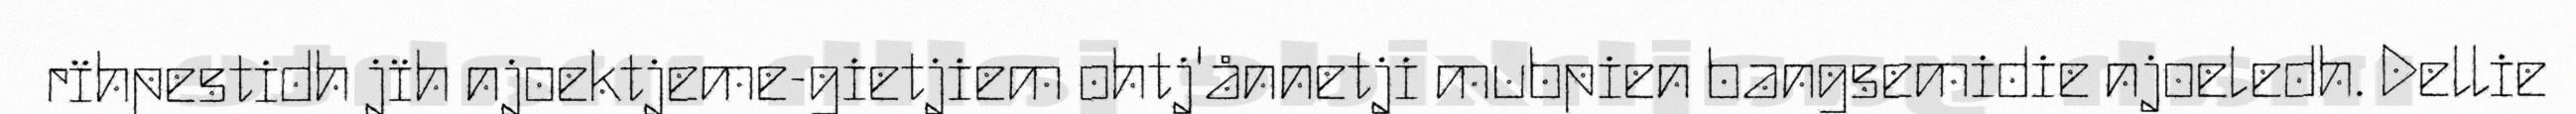
rïhpestidh jïh njoektjeme-gietjiem ohtj'ånnetji mubpien bangsemidie njoeledh. Dellie